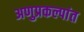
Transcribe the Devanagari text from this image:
अणुप्रकल्पांत